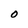
Character: O